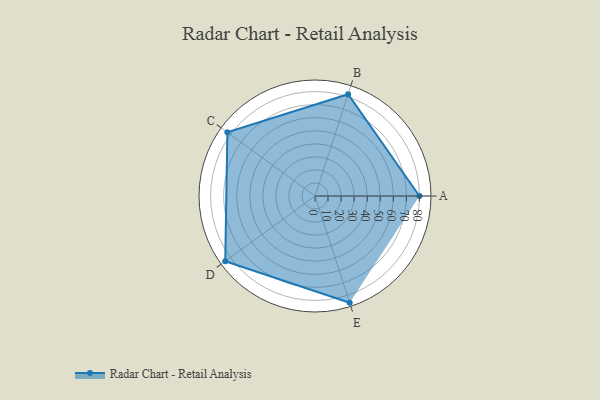
{"axis": {"x": "Skill", "y": "Score"}, "legend": ["Profile"], "data": [{"x": "A", "y": 80.0, "type": "Profile"}, {"x": "B", "y": 82.0, "type": "Profile"}, {"x": "C", "y": 83.0, "type": "Profile"}, {"x": "D", "y": 85.0, "type": "Profile"}, {"x": "E", "y": 86.0, "type": "Profile"}]}